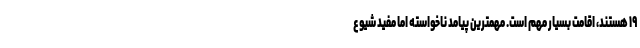
۱۹ هستند، اقامت بسیار مهم است. مهمترین پیامد ناخواسته اما مفید شیوع